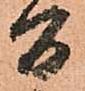
間